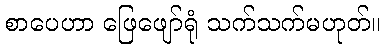
စာပေဟာ ဖြေဖျော်ရုံ သက်သက်မဟုတ်။